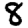
Digit: 8